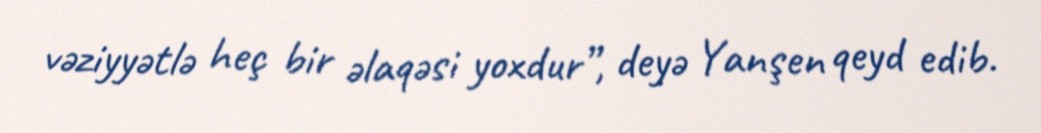
vəziyyətlə heç bir əlaqəsi yoxdur”, deyə Yanşen qeyd edib.